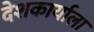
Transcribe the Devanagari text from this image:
देशकार्याला